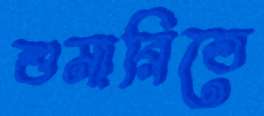
শুমারিতে